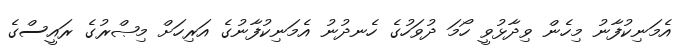
އެމަނިކުފާނު މިހެން ވިދާޅުވީ ހޯމަ ދުވަހުގެ ހެނދުނު އެމަނިކުފާނުގެ އަރިހަށް މިޞްރުގެ ރައީސްގެ